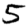
Digit: 5